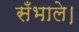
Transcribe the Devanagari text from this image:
सँभाले।